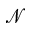
\mathcal { N }